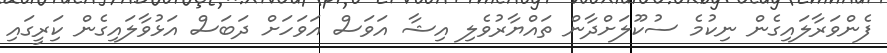
ފެންވަރާލައިގެން ނިކުމެެ ސުކޫލަށްދާން ތައްޔާރުވެލި އިޝާ އަވަސް އަވަހަށް ދަބަސް އަޅުވާލައިގެން ކަިރީގައި